画像に写った文字を読んでください
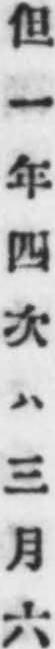
「但一年四次ハ三月六」と書いてあります